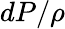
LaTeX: dP/\rho